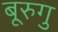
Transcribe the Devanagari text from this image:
बूरुगु